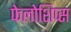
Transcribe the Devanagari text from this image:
फेलोशिप्स